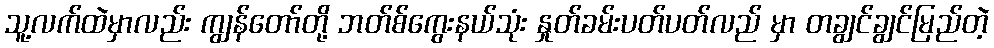
သူ့လက်ထဲမှာလည်း ကျွန်တော်တို့ ဘတ်စ်ကွေးနယ်သုံး နှုတ်ခမ်းပတ်ပတ်လည် မှာ တချွင်ချွင်မြည်တဲ့